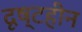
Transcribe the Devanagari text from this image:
दृष्टहीन